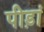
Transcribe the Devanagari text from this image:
पीड़ां